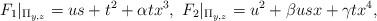
LaTeX: \begin{align*}F_1|_{\Pi_{y,z}} = u s + t^2 + \alpha t x^3, \ F_2|_{\Pi_{y,z}} = u^2 + \beta u s x + \gamma t x^4,\end{align*}